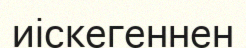
иіскегеннен